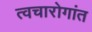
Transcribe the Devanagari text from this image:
त्वचारोगांत